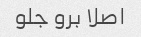
اصلا برو جلو